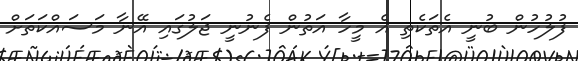
ފުލުހުން ބުނީ އެތަކެތި އެ މީހާ އަތުން ފެނުނީ ޖަލުގައި އޭނާ މަސައްކަތަށް